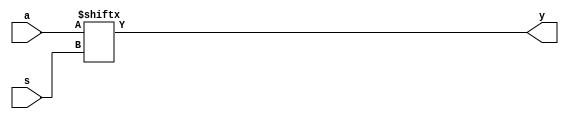
`timescale 1ns / 1ps

module muxdatflowstyle(y,a,s);

input [1:0] a;
input s;
output y;
assign #2 y= a[s];


endmodule